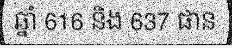
ឆ្នាំ 616 និង 637 ផាន